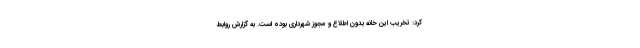
کرد: تخریب این خانه بدون اطلاع و مجوز شهرداری بوده است. به گزارش روابط